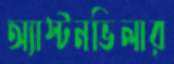
অ্যাস্টনভিলার